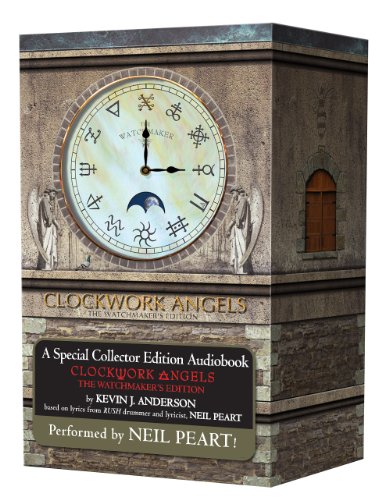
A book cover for Clockwork Angels: The Watchmaker's Edition; Kevin J. Anderson; Science Fiction & Fantasy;